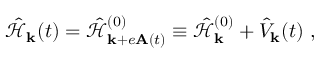
\hat { \mathcal { H } } _ { \mathbf { k } } ( t ) = \hat { \mathcal { H } } _ { \mathbf { k } + e \mathbf { A } ( t ) } ^ { ( 0 ) } \equiv \hat { \mathcal { H } } _ { \mathbf { k } } ^ { ( 0 ) } + \hat { V } _ { \mathbf { k } } ( t ) \mathrm { ~ , ~ }